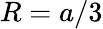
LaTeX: R=a/3